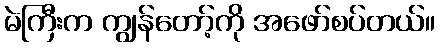
မဲကြီးက ကျွန်တော့်ကို အဖော်စပ်တယ်။